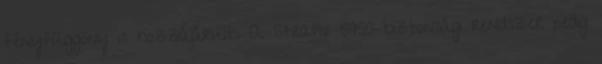
fényfüggöny is hozzájárult. A Stratix 5950 biztonsági rendszer pedig